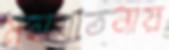
মহাযাতনায়